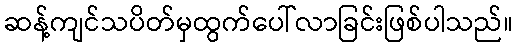
ဆန့်ကျင်သပိတ်မှထွက်ပေါ်လာခြင်းဖြစ်ပါသည်။